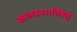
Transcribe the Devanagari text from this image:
कालत्रयगतिहेतुं